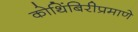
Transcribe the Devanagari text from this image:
कोथिंबिरीप्रमाणे